Report on horse surra - Volume II, Part I
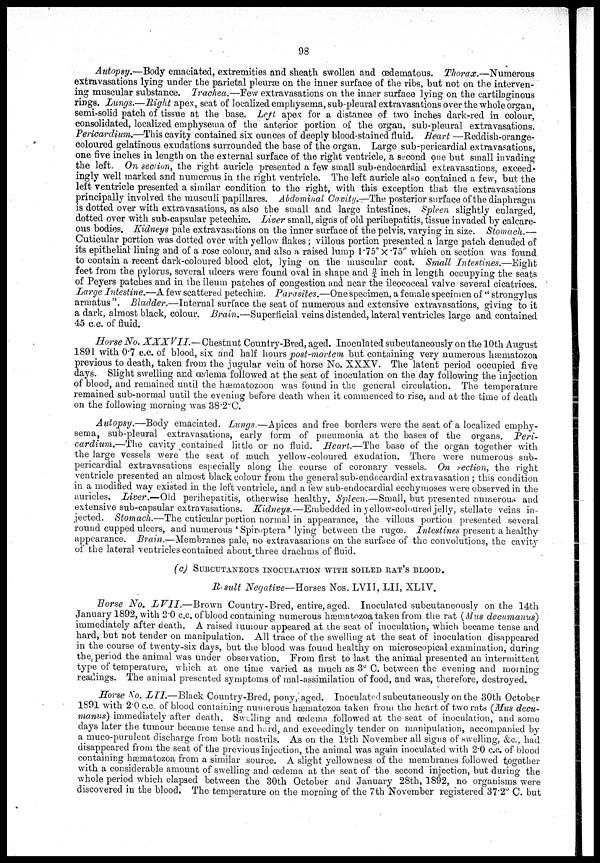
98
Autopsy.—Body emaciated, extremities and sheath swollen and
œdematous.
Thorax.—Numerous
extravasations lying under the parietal pleuræ on the inner surface of the ribs, but not on the interven-
ing muscular substance. Trachea.—Few extravasations on the inner surface lying on the cartilaginous
rings. Lungs.—Right apex, seat of localized emphysema, sub-pleural extravasations over the whole organ,
semi-solid patch of tissue at the base. Left apex for a distance of two inches dark-red in colour,
consolidated, localized emphysema of the anterior portion of the organ, sub-pleural extravasations.
Pericardium.—This cavity contained six ounces of deeply blood-stained fluid. Heart —Reddish-orange-
coloured gelatinous exudations surrounded the base of the organ. Large sub-pericardial extravasations,
one five inches in length on the external surface of the right ventricle, a second one but small invading
the left. On section, the right auricle presented a few small sub-endocardial extravasations, exceed-
ingly well marked and numerous in the right ventricle. The left auricle also contained a few, but the
left ventricle presented a similar condition to the right, with this exception that the extravasations
principally involved the musculi papillares. Abdominal Cavity.—The posterior surface of the diaphragm
is dotted over with extravasations, as also the small and large intestines. Spleen slightly enlarged,
dotted over with sub-capsular petechiæ. Liver small, signs of old perihepatitis, tissue invaded by calcare-
ous bodies. Kidneys pale extravasations on the inner surface of the pelvis, varying in size.
Stomach.—
Cuticular portion was dotted over with yellow flakes ; villous portion presented a large patch denuded of
its epithelial lining and of a rose colour, and also a raised lump 1.75"×.75" which on section was found
to contain a recent dark-coloured blood clot, lying on the muscular coat. Small
Intestines.—Eight
feet from the pylorus, several ulcers were found oval in shape and 3/4 inch in length occupying the seats
of Peyers patches and in the ileum patches of congestion and near the ileococeal valve several cicatrices.
Large Intestine.—A few scattered petechiæ. Parasites.—One specimen, a female specimen of "strongylus
armatus". Bladder.—Internal
surface the seat of numerous and extensive extravasations, giving to it
a dark, almost black, colour. Brain.—Superficial
veins distended, lateral ventricles large and contained
45 c.c. of fluid.
Horse No. XXXVII.—
Chestnut Country-Bred, aged. Inoculated subcutaneously on the 10th August
1891 with 0.7 c.c. of blood, six and half hours post-mortem but containing very numerous hæmatozoa
previous to death, taken from the jugular vein of horse No. XXXV. The latent period occupied five
days. Slight swelling and œdema followed at the seat of inoculation on the day following the injection
of blood, and remained until the hæmatozoon was found in the general circulation. The temperature
remained sub-normal until the evening before death when it commenced to rise, and at the time of death
on the following morning was 38.2°C.
Autopsy.—Body
emaciated. Lungs.—Apices and free borders were the seat of a localized emphy-
sema, sub-pleural extravasations, early form of pneumonia at the bases of the organs.
Peri-
cardium.—The
cavity contained little or no fluid. Heart.—The base of the organ together with
the large vessels were the seat of much yellow-coloured exudation. There were numerous sub-
pericardial extravasations especially along the course of coronary vessels. On section, the right
ventricle presented an almost black colour from the general sub-endocardial extravasation; this condition
in a modified way existed in the left ventricle, and a few sub-endocardial ecchymoses were observed in the
auricles. Liver.—Old
perihepatitis, otherwise healthy. Spleen.—Small, but presented numerous and
extensive sub-capsular extravasations. Kidneys.—Embedded
in yellow-coloured jelly, stellate veins in-
jected. Stomach.—The cuticular portion normal in appearance, the villous portion presented several
round cupped ulcers, and numerous 'Spiroptera' lying between the rugœ. Intestines present a healthy
appearance. Brain.—Membranes pale, no extravasations on the surface of the convolutions, the cavity
of the lateral ventricles contained about three drachms of fluid.
(c) SUBCUTANEOUS INOCULATION WITH SOILED RAT'S BLOOD.
Result Negative—Horses
Nos. LVII, LII, XLIV.
Horse No. LVII.—Brown Country-Bred, entire, aged. Inoculated subcutaneously on the 14th
January 1892, with 2.0 c.c. of blood containing numerous hæmatozoa taken from the rat (Mus decumanus)
immediately after death. A raised tumour appeared at the seat of inoculation, which became tense and
hard, but not tender on manipulation. All trace of the swelling at the seat of inoculation disappeared
in the course of twenty-six days, but the blood was found healthy on microscopical examination, during
the period the animal was under observation. From first to last the animal presented an intermittent
type of temperature, which at one time varied as much as 3° C. between the evening and morning
readings. The animal presented symptoms of mal-assimilation of food, and was, therefore, destroyed.
Horse No. LII.—Black
Country-Bred, pony, aged. Inoculated subcutaneously on the 30th October
1891 with 2.0 c.c. of blood containing numerous hæmatozoa taken from the heart of two rats (Mus decu-
manus) immediately after death. Swelling and œdema followed at the seat of inoculation, and some
days later the tumour became tense and hard, and exceedingly tender on manipulation, accompanied by
a muco-purulent discharge from both nostrils. As on the 19th November all signs of swelling, &c., had.
disappeared from the seat of the previous injection, the animal was again inoculated with 2.0 c.c. of blood
containing hæmatozoa from a similar source. A slight yellowness of the membranes followed together
with a considerable amount of swelling and œdema at the seat of the second injection, but during the
whole period which elapsed between the 30th October and January 28th, 1892, no organisms were
discovered in the blood. The temperature on the morning of the 7th November registered 37.2° C. but